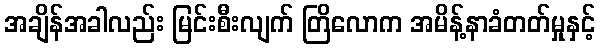
အချိန်အခါလည်း မြင်းစီးလျက် တြိလောက အမိန့်နာခံတတ်မှုနှင့်